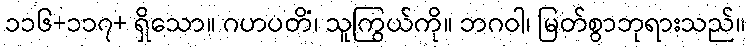
၁၁၆+၁၁၇+ ရှိသော။ ဂဟပတိံ၊ သူကြွယ်ကို။ ဘဂဝါ၊ မြတ်စွာဘုရားသည်။